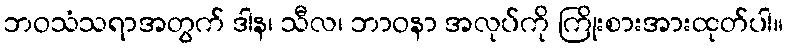
ဘဝသံသရာအတွက် ဒါန၊ သီလ၊ ဘာဝနာ အလုပ်ကို ကြိုးစားအားထုတ်ပါ။